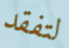
لتفقد